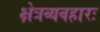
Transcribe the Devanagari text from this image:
क्षेत्रव्यवहारः